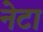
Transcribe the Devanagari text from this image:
नेटा